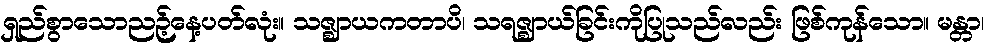
ရှည်စွာသောညဉ့်နေ့ပတ်လုံး။ သဇ္ဈာယကတာပိ၊ သရဇ္ဈာယ်ခြင်းကိုပြုသည်လည်း ဖြစ်ကုန်သော။ မန္တာ၊